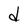
Character: d